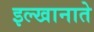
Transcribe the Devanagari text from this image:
इल्खानाते